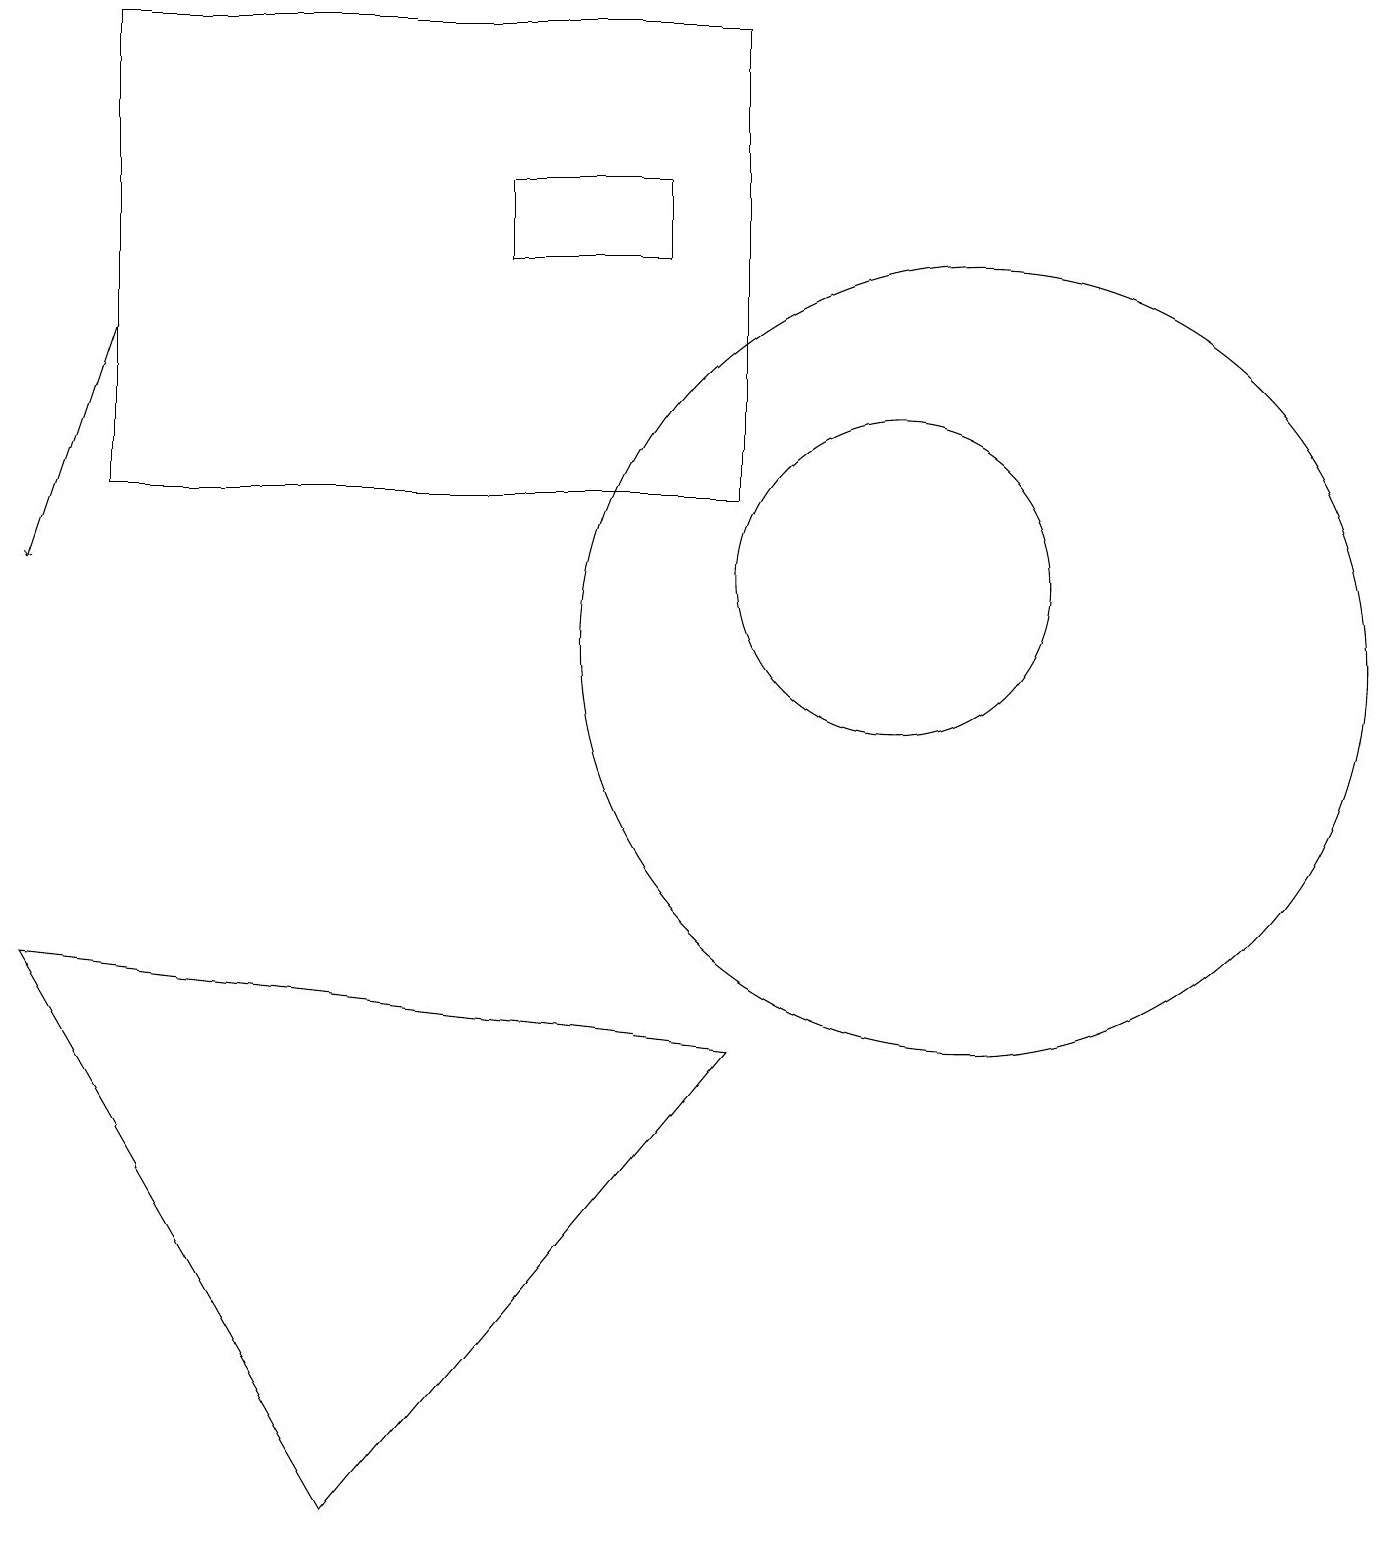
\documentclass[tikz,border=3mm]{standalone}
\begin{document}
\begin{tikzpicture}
\draw (12,11) circle (5);
\draw (9,6) -- (4,0) -- (0,7) -- cycle;
\draw (1,19) rectangle (9,13);
\draw[->] (1,15) -- (0,12);
\draw (11,12) circle (2);
\draw (8,17) rectangle (6,16);
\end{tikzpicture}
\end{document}